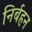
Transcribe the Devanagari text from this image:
निर्बहन